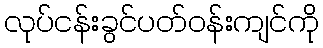
လုပ်ငန်းခွင်ပတ်ဝန်းကျင်ကို